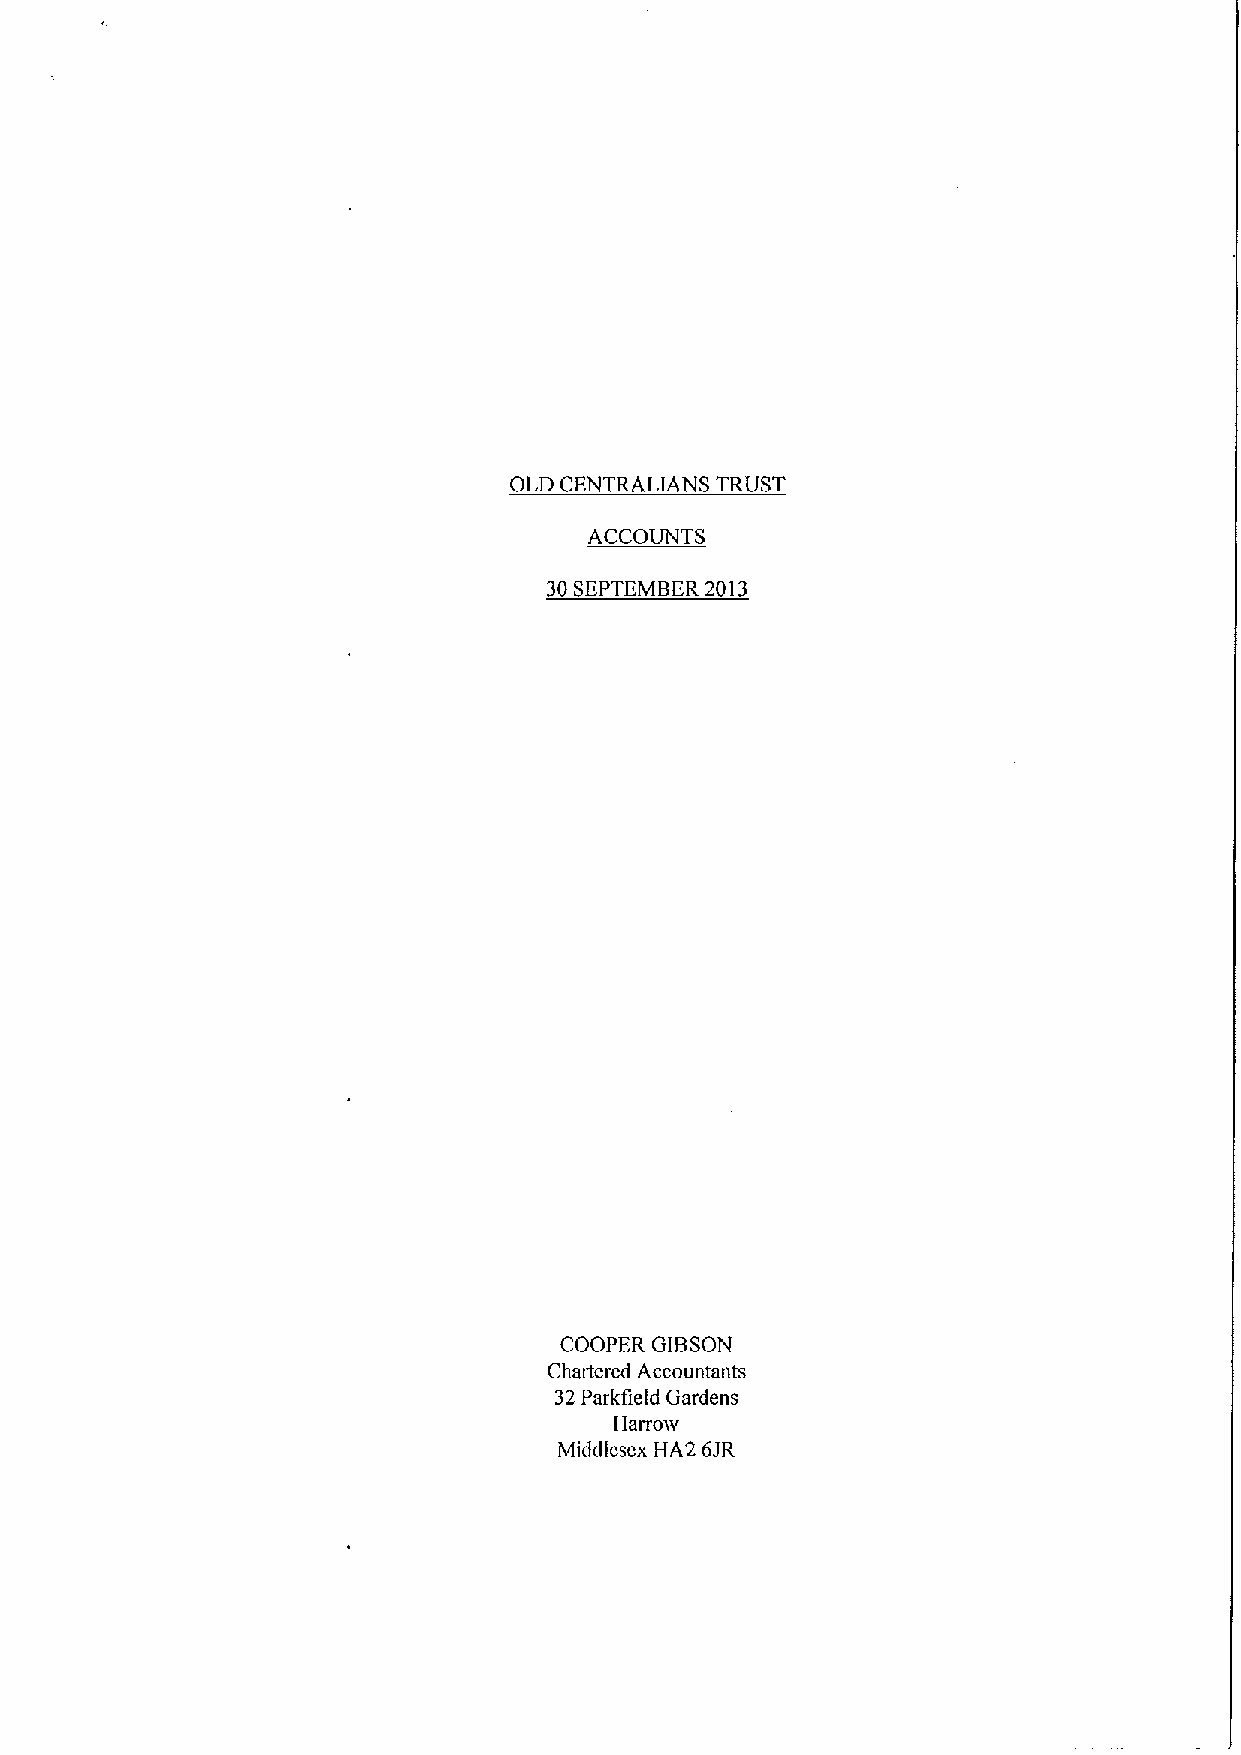
OLD CENTRALIANS TRUST
 ACCOUNTS
 30SEPTEMBER2013
 COOPER GIBSON
 Chattered Accountants
 32Parkfield Gardens
 Harron
 Middlesex HA2 6JR